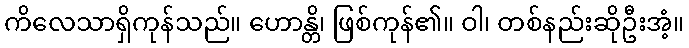
ကိလေသာရှိကုန်သည်။ ဟောန္တိ၊ ဖြစ်ကုန်၏။ ဝါ၊ တစ်နည်းဆိုဦးအံ့။